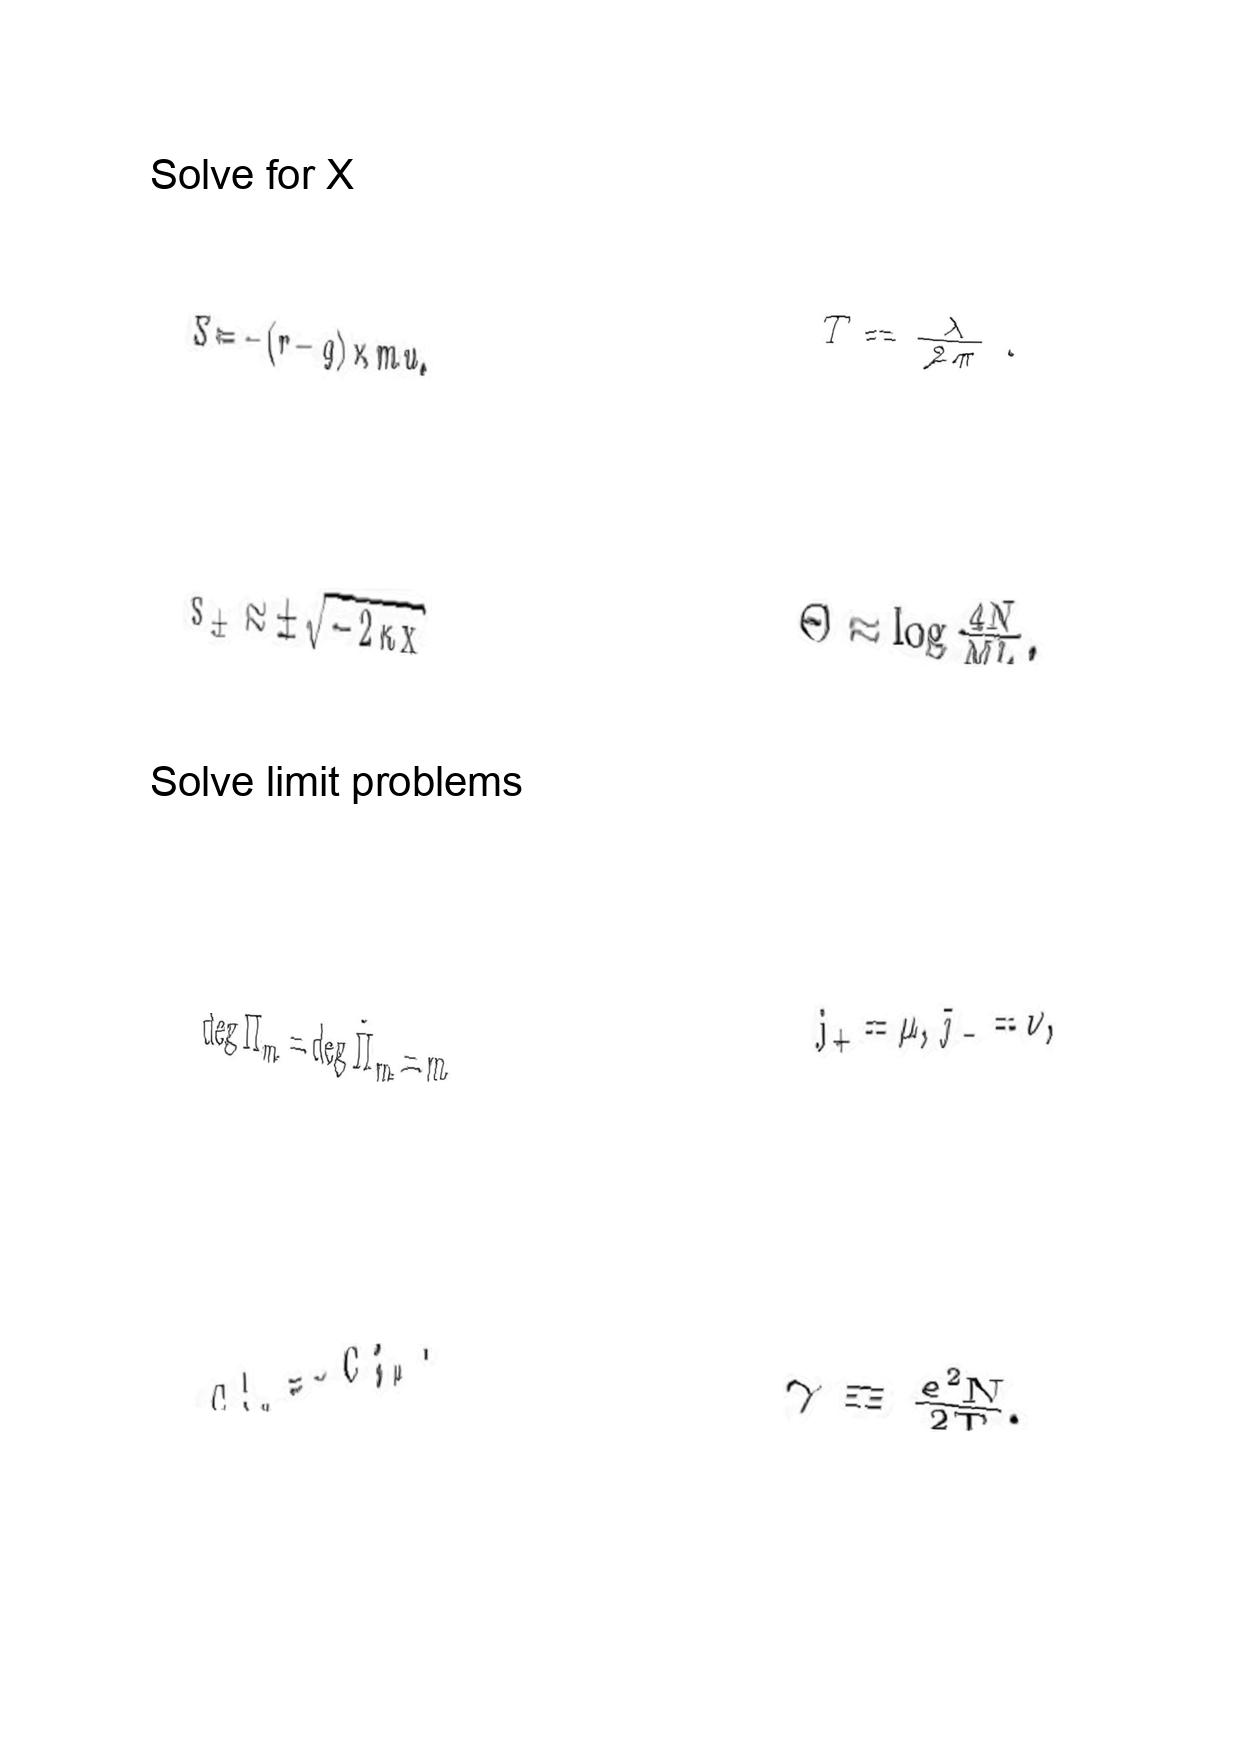
LaTeX transcription:
S = - \lparen r - q \rparen \times m u ,
s _ { \pm } \approx \pm \sqrt { - 2 \kappa x }
\deg \Pi _ { m } = \deg \tilde { \Pi } _ { m } = m
C ^ { 1 } _ { 1 \mu } = - C ^ { 2 } _ { 2 \mu } .
T = \frac { \lambda } { 2 \pi } .
\Theta \approx \log \frac { 4 N } { M L } ,
j _ { + } = \mu , \bar { \jmath } _ { - } = \nu ,
\gamma \equiv \frac { e ^ { 2 } N } { 2 T } .